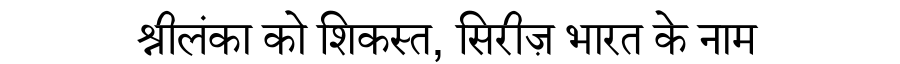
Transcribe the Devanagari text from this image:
श्रीलंका को शिकस्त, सिरीज़ भारत के नाम